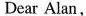
Dear Alan,